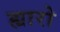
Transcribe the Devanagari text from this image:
ह्यारो